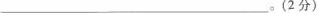
__________________